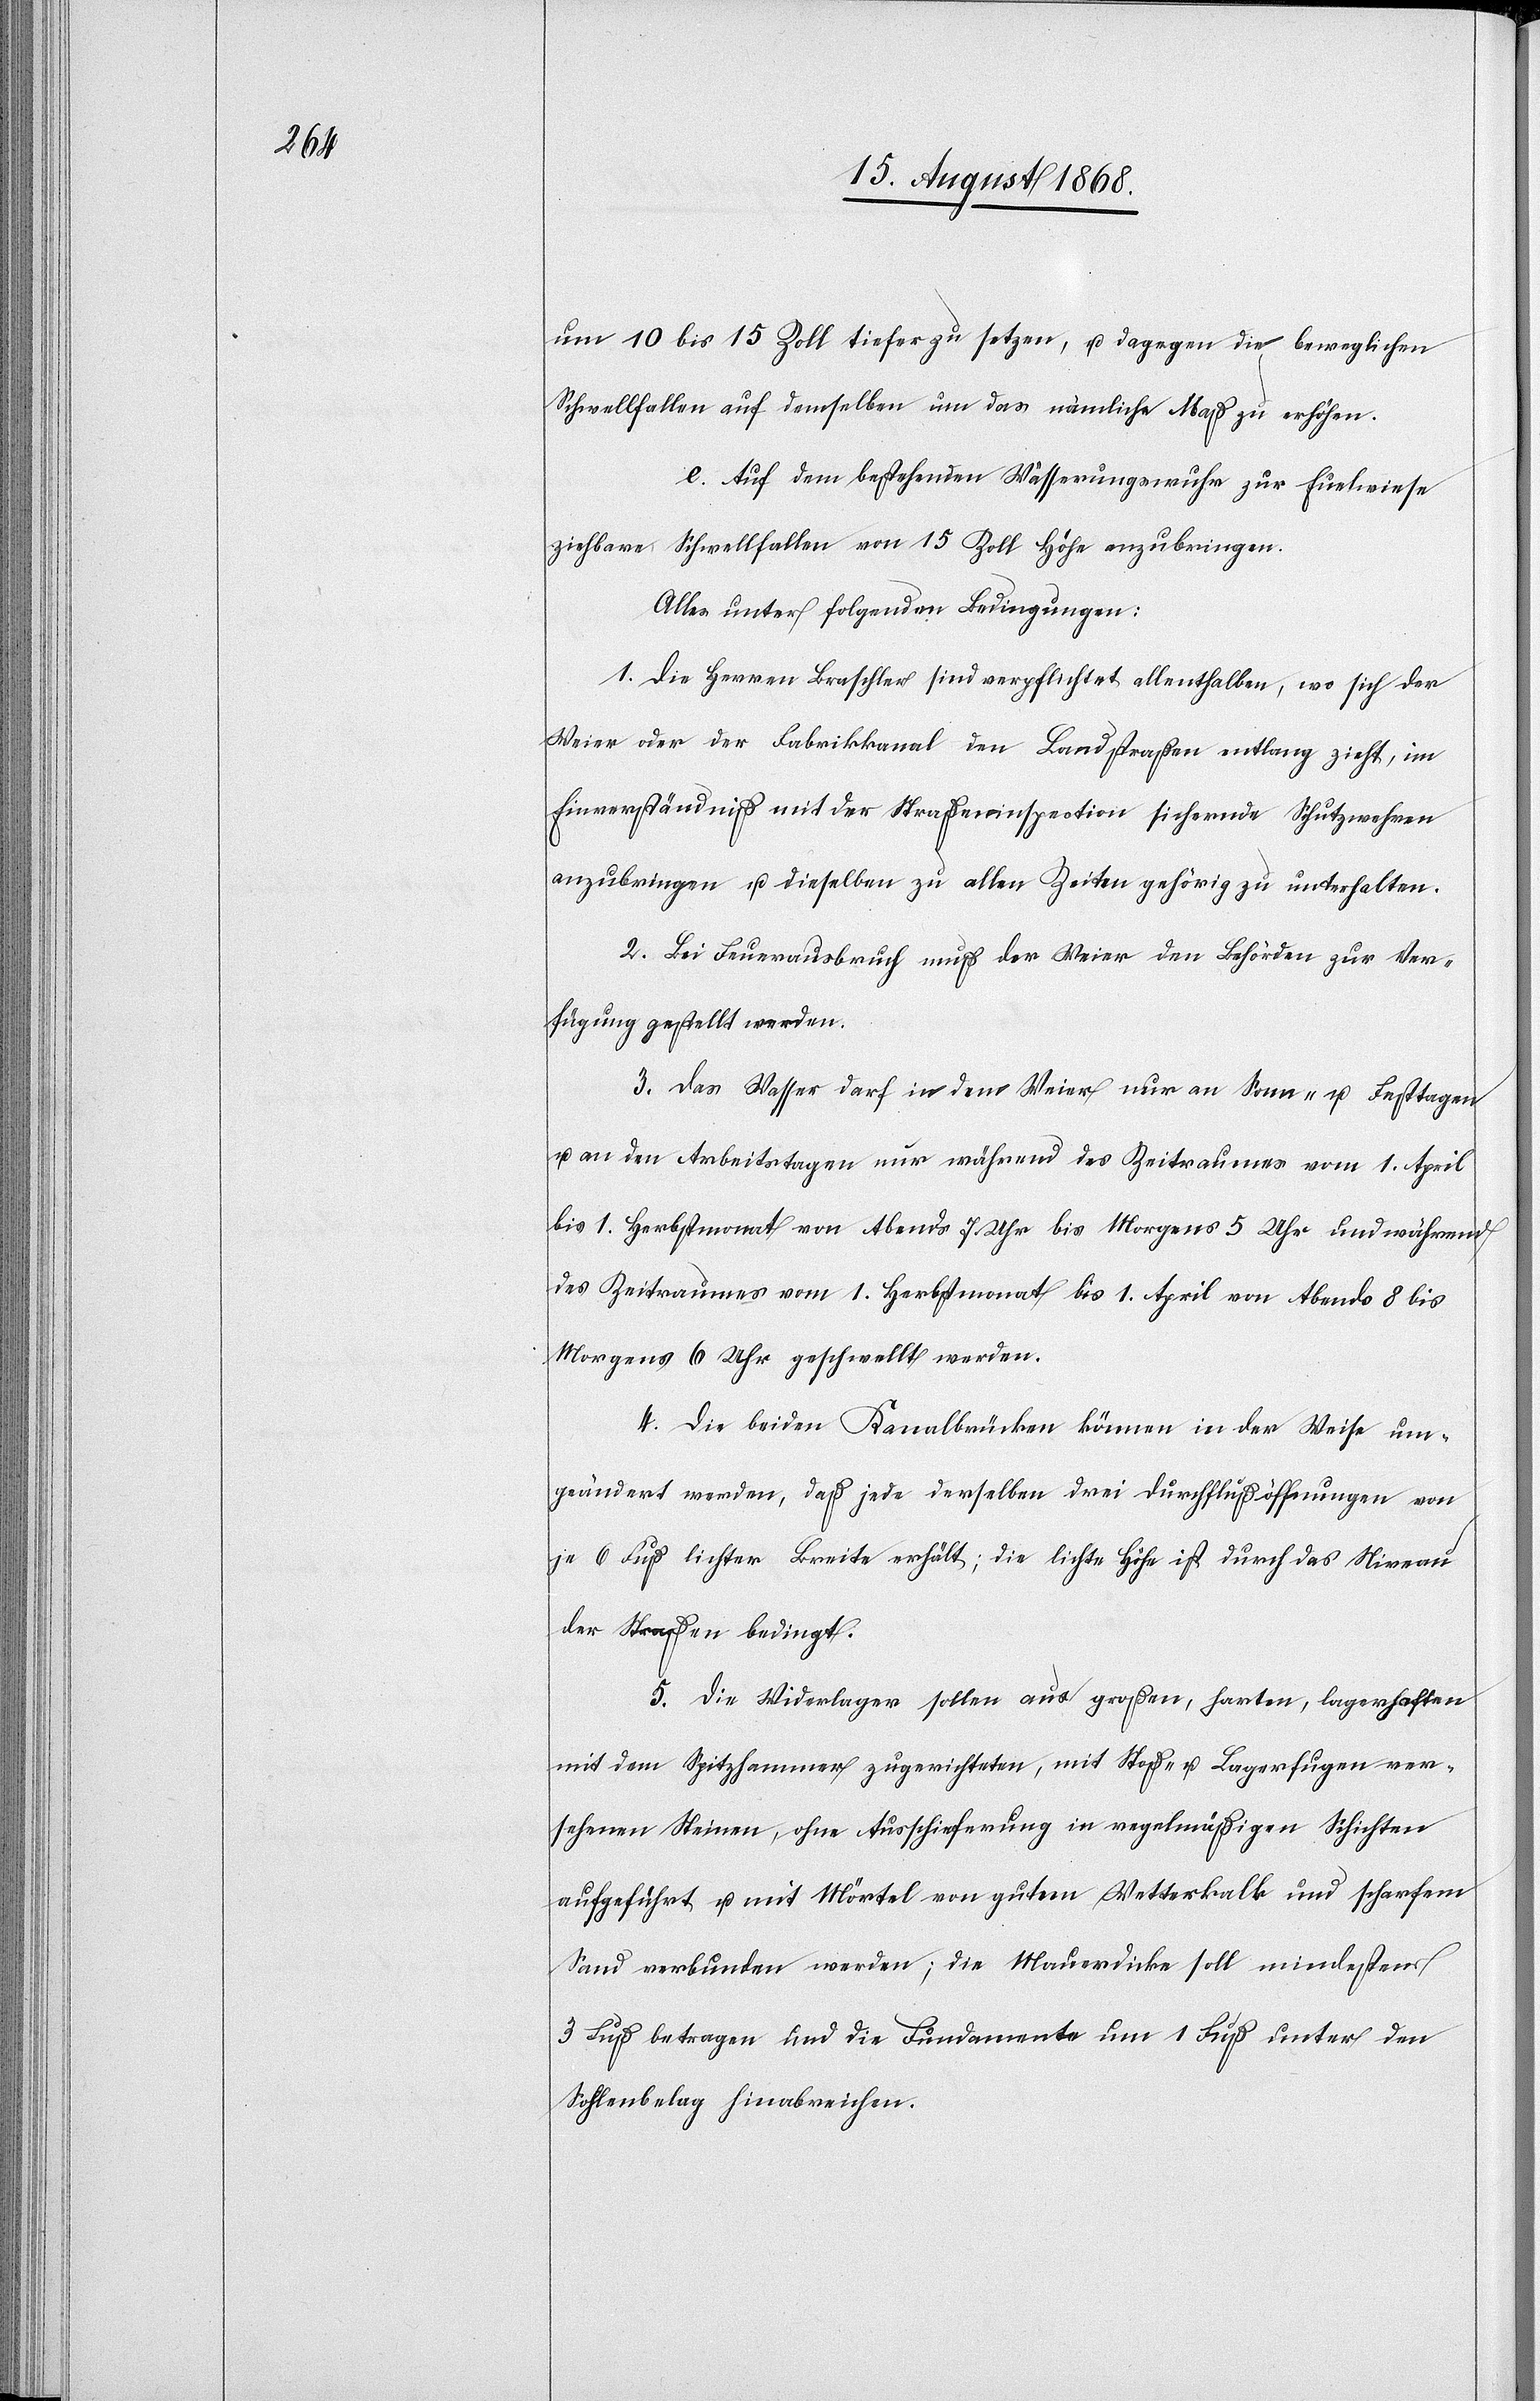
um 10 bis 15 Zoll tiefer zu setzen, u. dagegen die beweglichen
Schwellfallen auf demselben um das nämliche Maß zu erhöhen.
e.) Auf dem bestehenden Wässerungswuhr zur Euelwiese
ziehbare Schwellfallen von 15 Zoll Höhe anzubringen.
Alles unter folgenden Bedingungen:
1. Die Herren Braschler sind verpflichtet allenthalben, wo sich der
Weier oder der Fabrikkanal den Landstraßen entlang zieht, im
Einverständniß mit der Straßeninspection sichernde Schutzwehren
anzubringen u. dieselben zu allen Zeiten gehörig zu unterhalten.
2. Bei Feuerausbruch muß der Weier den Behörden zur Ver¬
fügung gestellt werden.
3. Das Wasser darf in dem Weier nur an Sonn- u. Festtagen
u. an den Arbeitstagen nur während des Zeitraumes vom 1. April
bis 1. Herbstmonat von Abends 7 Uhr bis Morgens 5 Uhr und während
des Zeitraumes vom 1. Herbstmonat bis 1. April von Abends 8 bis
Morgens 6 Uhr geschwellt werden.
4. Die beiden Kanalbrücken können in der Weise um¬
geändert werden, daß jede derselben drei Durchflußöffnungen von
je 6 Fuß lichter Breite erhält; die lichte Höhe ist durch das Niveau
der Straßen bedingt.
5. Die Widerlager sollen aus großen, harten, lagerhaften[,]
mit dem Spitzhammer zugerichteten, mit Stoß- u. Lagerfugen ver¬
sehenen Steinen, ohne Ausschieferung in regelmäßigen Schichten
aufgeführt u. mit Mörtel von gutem Wetterkalk und scharfem
Sand verbunden werden; die Mauerdicke soll mindestens
3 Fuß betragen und die Fundamente um 1 Fuß unter den
Sohlenbelag hinabreichen.